Indian journal of veterinary science and animal husbandry - Volumes 26-27, 1956-1957
Year: 1956
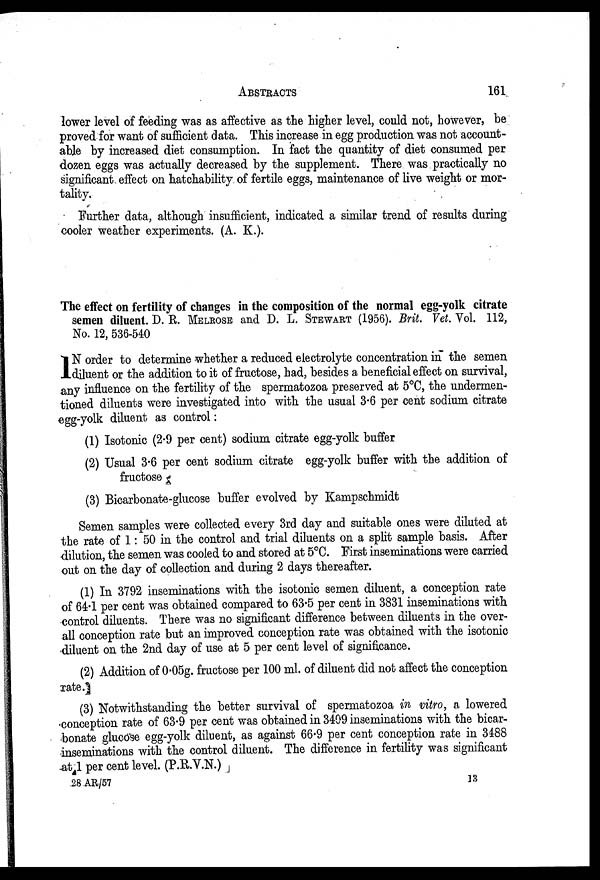
ABSTRACTS
161
lower level of feeding was as affective as the higher level, could not, however, be
proved for want of sufficient data. This increase in egg production was not account-
able by increased diet consumption. In fact the quantity of diet consumed per
dozen eggs was actually decreased by the supplement. There was practically no
significant effect on hatchability of fertile eggs, maintenance of live weight or mor-
tality.
Further data, although insufficient, indicated a similar trend of results during
cooler weather experiments. (A. K.).
The effect on fertility of changes in the composition of the normal egg-yolk citrate
semen diluent. D. R. MELROSE and D. L. STEWART (1956). Brit. Vet. Vol. 112,
No. 12, 536-540
I N order to determine whether a reduced electrolyte concentration in the semen
diluent or the addition to it of fructose, had, besides a beneficial effect on survival,
any influence on the fertility of the spermatozoa preserved at 5°C, the undermen-
tioned diluents were investigated into with the usual 3.6 per cent sodium citrate
egg-yolk diluent as control:
(1) Isotonic (2.9 per cent) sodium citrate egg-yolk buffer
(2) Usual 3.6 per cent sodium citrate egg-yolk buffer with the addition of
fructose
(3) Bicarbonate-glucose buffer evolved by Kampschmidt
Semen samples were collected every 3rd day and suitable ones were diluted at
the rate of 1: 50 in the control and trial diluents on a split sample basis. After
dilution, the semen was cooled to and stored at 5°C. First inseminations were carried
out on the day of collection and during 2 days thereafter.
(1) In 3792 inseminations with the isotonic semen diluent, a conception rate
of 64.1 per cent was obtained compared to 63.5 per cent in 3831 inseminations with
control diluents. There was no significant difference between diluents in the over-
all conception rate but an improved conception rate was obtained with the isotonic
diluent on the 2nd day of use at 5 per cent level of significance.
(2) Addition of 0.05g. fructose per 100 ml. of diluent did not affect the conception
rate.
(3) Notwithstanding the better survival of spermatozoa in vitro, a lowered
conception rate of 63.9 per cent was obtained in 34-09 inseminations with the bicar-
bonate glucose egg-yolk diluent, as against 66.9 per cent conception rate in 3488
inseminations with the control diluent. The difference in fertility was significant
at 1 per cent level. (P.R.V.N.)
28 AR/57
13